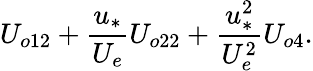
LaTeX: U_{o12}+\frac{u_{*}}{U_{e}}U_{o22}+\frac{u_{*}^{2}}{U_{e}^{2}}U_{o4}.